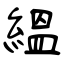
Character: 縕